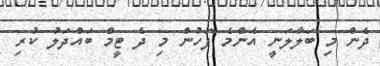
ދެން މި ބަލާލަނީ އެންމެ ފަހުން މި ދެ ޓީމް ބައްދަލު ކުރި